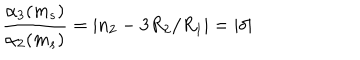
\frac { \alpha _ { 3 } ( m _ { s } ) } { \alpha _ { 2 } ( m _ { s } ) } = | n _ { 2 } - 3 R _ { 2 } / R _ { 1 } | = | \delta |